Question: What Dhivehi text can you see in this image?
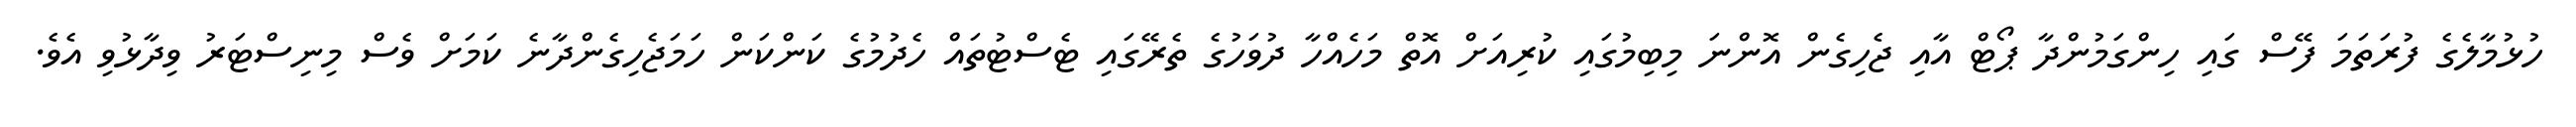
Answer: ހުޅުމާލެގެ ފުރަތަމަ ފޭސް ގައި ހިންގަމުންދާ ޕޯޓް އާއި ޖެހިގެން އޮންނަ މިބިމުގައި ކުރިއަށް އޮތް މަހެއްހާ ދުވަހުގެ ތެރޭގައި ޓެސްޓުތައް ހެދުމުގެ ކަންކަން ހަމަޖެހިގެންދާނެ ކަމަށް ވެސް މިނިސްޓަރު ވިދާޅުވި އެވެ.